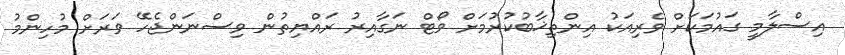
އިސްލާމީ ގައުމަކަށް ވެރިއަކު އިންތިޚާބުކުރުމަށް ވޯޓް ނަގާއިރު ރައްޔިތުން ވިސްނަންޖެހޭ ވަރަށް މުހިންމު